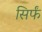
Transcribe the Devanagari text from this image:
सिर्फं